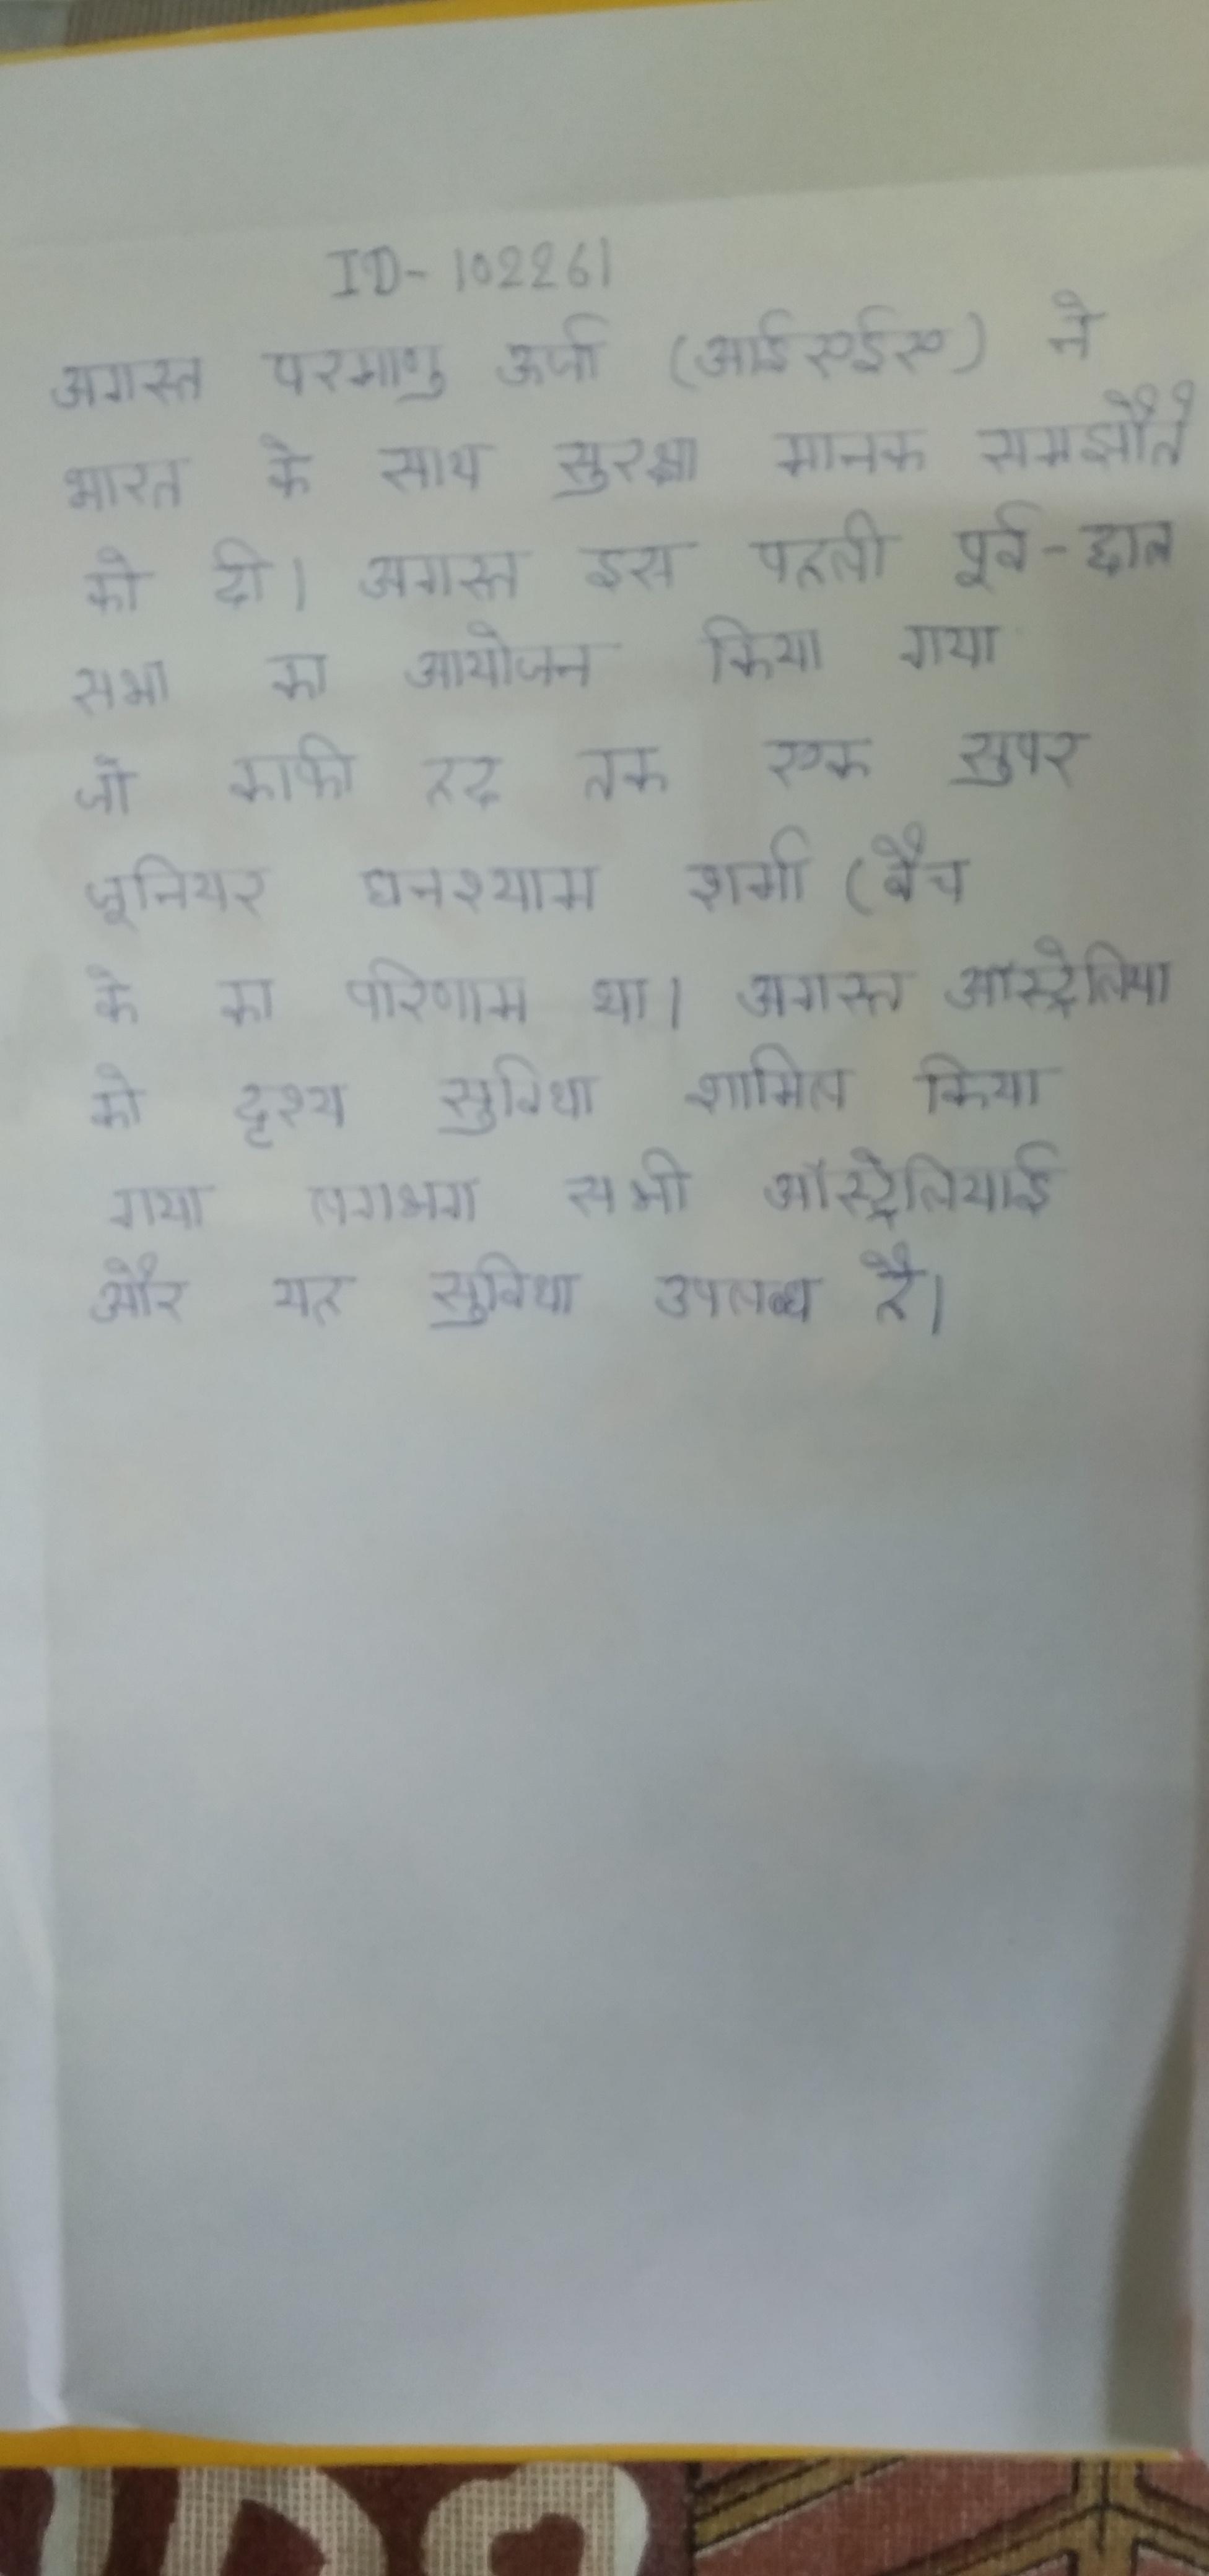
अगस्त परमाणु ऊर्जा (आईएईए) ने भारत के साथ सुरक्षा मानक समझौते को दी । अगस्त इस पहली पूर्व-छात्र सभा का आयोजन किया गया जो काफी हद तक एक सुपर जूनियर घनश्याम शर्मा (बैच के का परिणाम था । अगस्त ऑस्ट्रेलिया को दृश्य सुविधा शामिल किया गया लगभग सभी ऑस्ट्रेलियाई और यह सुविधा उपलब्ध है ।